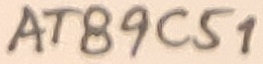
Text: AT89C51